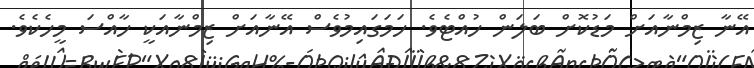
އޭނާ ޒިމްނާއަށް މަޑުކޮށް ބަލަން ހުއްޓެވެ. ހަމަގައިމުވެސް އޭނާއަށް ޒިމްނާއަކީ ހާއްސަ މީހެެކެވެ.